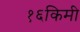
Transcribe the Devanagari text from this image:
१६किमी